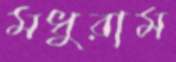
মধুরাম